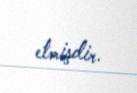
etmişdir.